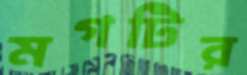
মগটির